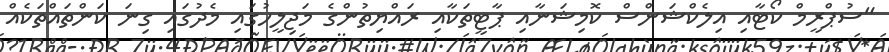
"ސުޕްރީމް ކޯޓާއި އިލެކްޝަންސް ކޮމިޝަނާއި ޕާޓީތަކާއި ރައްޔިތުންގެ މަޖިލީހުގައި މެދުގައި ގިނަ ކަންތައްތަކެއް